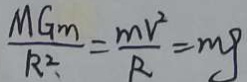
\frac { M G m } { R ^ { 2 } . } = \frac { m v ^ { 2 } } { R } = m g